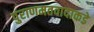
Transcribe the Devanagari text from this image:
पुराणमतवादाकडे